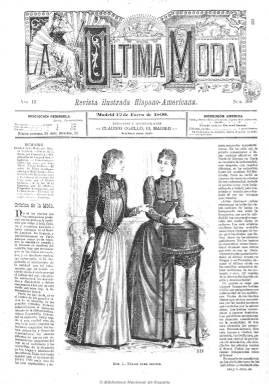
Título: La Última moda (Madrid)
Colección: Revistas femeninas || Moda
Ámbito geográfico: Madrid
Lugar de publicación: Madrid
Fechas: 12/01/1890-20/11/1921

Una de las más destacadas y longevas revistas ilustradas dedicadas a la moda y las labores destinadas a la mujer, a imitación de las que triunfaban en el París de finales del XIX y primeras décadas del XX, y que representa la última y más próspera empresa periodística de Julio Nombela, seudónimo de Santos Julio Nomblea (1836-1919), un periodista y escritor de oficio, que tras militar en el tradicionalismo carlista había optado por el conservadurismo de la Restauración afonsina. Aparece el nueve de enero de 1888, con el subtítulo “revista ilustrada hispano americana”, llegando seis años después a alcanzar los 24.000 ejemplares, difundidos tanto en España como en las colonias de ultramar, sufriendo en el periodo finisecular una merma en estas últimas suscripciones.

Su periodicidad inicial será quincenal, en números de ocho páginas, con nutridas y bellas ilustraciones, principalmente en la portada y páginas centrales, de grabados de modelos, figurines, vestidos, sombreros y otros complementos, así como patrones, labores y dibujos para bordar. Más tarde llegará a incluir el color en la litografías de sus figurines (acuarelas).

Sus textos comienzan siempre con una Crónica, prácticamente firmada a lo largo de toa su vida, por Blanca Valmont, y más tarde por V. de Castelfido. Otra de sus firmas habituales es la de El Abate, así como las de Mariano Lara, Juan de Madrid, Pedro Iglesia Caballero y el Dr. Alegre. Aunque a veces roce la actualidad general y el género de la biografía, sus textos versan casi en su totalidad sobre moda femenina (también sobre la infantil, y en algún caso sobre la de hombre) y sus complementos y las labores del hogar, además de algunas cuestiones de salud e higiene, decoración y mobiliario, gimnasia, recetas de cocina, reglas de etiqueta, conocimientos útiles, curiosidades, y otras cuestiones domésticas. “Preguntas y respuestas” será una de sus secciones, y llegará a tener otra sobre celebración de desposorios. También publica el clásico folletín por entregas y su última página la dedica a anuncios comerciales, entre los que aparecen los relacionados con el cuidado y embellecimiento de la mujer.

Llegó a alcanzar tanto éxito y beneficios, que su propietario y director logró montar su propia imprenta y editorial, resarciéndose así de su anterior etapa periodística. Dirigida al público femenino de clase media, influenciada por la industria textil francesa, la revista añadirá a su título el lema “Todo por la mujer y para la mujer”, será semanal (saliendo los domingos), tendrá dos ediciones y publicará los suplementos El tocador de la moda, sobre peinados y consultas, que a partir de 1899 aparece cada primer domingo de mes, y Labores femeninas, con patrones artísticos.

Posteriormente volverá a tener una periodicidad quincenal. Introducirá el color en su portada, así como la fotografía de modelos. En la colección de la Biblioteca Nacional faltan los años 1888-1889 y 1896, y su último número corresponde al 20 de noviembre de 1921. Dejó de publicarse en 1927. A la muerte de Julio Nombela, le había sucedido en su edición su hija Rosa.